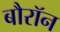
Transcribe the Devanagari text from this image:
बौरॉन